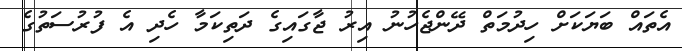
އެތައް ބަޔަކަށް ހިދުމަތް ދޭންޖެހުނު އިރު ޖާގައިގެ ދަތިކަމާ ހެދި އެ ފުރުސަތުގެ